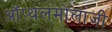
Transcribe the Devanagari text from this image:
ऑप्थलमोलाजी